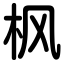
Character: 枫